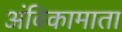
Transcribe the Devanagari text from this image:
अंबिकामाता